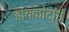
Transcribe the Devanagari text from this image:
हायकोर्टाचे